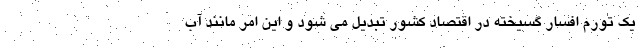
یک تورم افسار گسیخته در اقتصاد کشور تبدیل می شود و این امر مانند آب